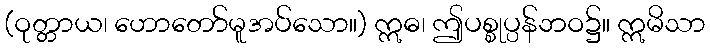
(ဝုတ္တာယ၊ ဟောတော်မူအပ်သော။) ဣဓ၊ ဤပစ္စုပ္ပန်ဘဝ၌။ ဣမိသာ